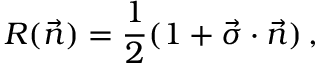
{ \cal R } ( \vec { n } ) = { \frac { 1 } { 2 } } ( 1 + \vec { \sigma } \cdot \vec { n } ) \, ,